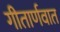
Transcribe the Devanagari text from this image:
गीतार्णवात